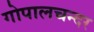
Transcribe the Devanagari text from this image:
गोपालचन्दर